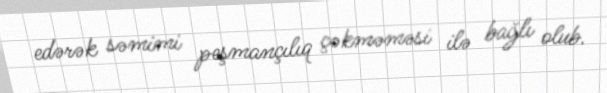
edərək səmimi peşmançılıq çəkməməsi ilə bağlı olub.